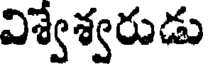
విశ్వేశ్వరుడు